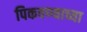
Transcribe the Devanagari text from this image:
पिकवण्याच्या